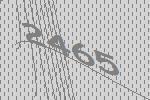
2465